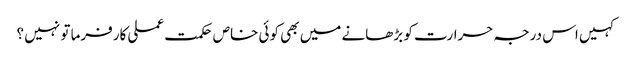
کہیں اس درجہ حرارت کو بڑھانے میں بھی کوئی خاص حکمت عملی کارفرما تو نہیں ؟